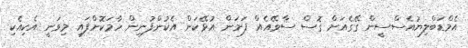
އެމްޑަބްލިޔުއެސްސީން ގޭގެއަށް ގޮސް ސާވޭއެއް ފަށަން އުޅޭކަން އެކުންފުނިން ހާމަކޮށްފައި މިވަނީ އެކިއެކި